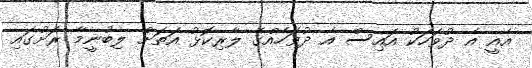
އެއީ އެ ދުވަހަކު އައިސް އެ ދުވަހެއްގެ ލާރިކޮޅު އަތަށް ލިބުނީމާ ރަށުގައި